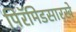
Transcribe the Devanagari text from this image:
पिरॅमिडसारखे